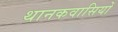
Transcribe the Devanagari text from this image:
थानकवासियों